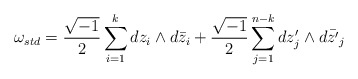
\begin{align*}\omega_{std} = \frac{\sqrt{-1}}{2} \sum_{i=1}^k dz_i\wedge d\bar{z}_{i} + \frac{\sqrt{-1}}{2}\sum_{j=1}^{n-k}dz'_j \wedge d\bar{z'}_j\end{align*}